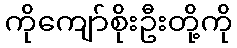
ကိုကျော်စိုးဦးတို့ကို